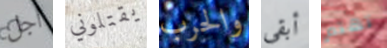
أجل يقتلوني والحرب أبقي تهتم